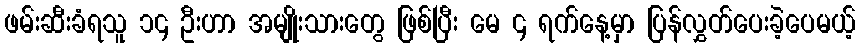
ဖမ်းဆီးခံရသူ ၁၄ ဦးဟာ အမျိုးသားတွေ ဖြစ်ပြီး မေ ၄ ရက်နေ့မှာ ပြန်လွှတ်ပေးခဲ့ပေမယ့်